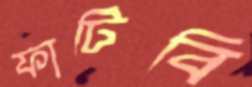
ফাটিবি